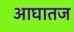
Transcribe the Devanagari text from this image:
आघातज